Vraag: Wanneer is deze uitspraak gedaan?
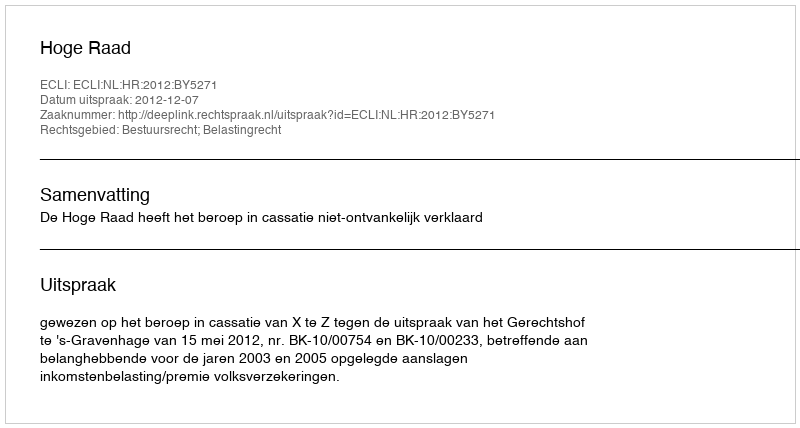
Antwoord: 2012-12-07